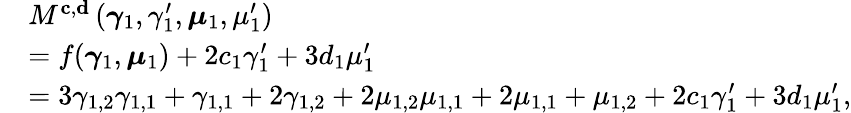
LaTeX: \begin{array}{rl}&{M^{\mathbf{c},\mathbf{d}}\left(\boldsymbol{\gamma}_{1},\gamma_{1}^{\prime},\boldsymbol{\mu}_{1},\mu_{1}^{\prime}\right)}\\ &{=f(\boldsymbol{\gamma}_{1},\boldsymbol{\mu}_{1})+2c_{1}\gamma_{1}^{\prime}+3d_{1}\mu_{1}^{\prime}}\\ &{=3\gamma_{1,2}\gamma_{1,1}+\gamma_{1,1}+2\gamma_{1,2}+2\mu_{1,2}\mu_{1,1}+2\mu_{1,1}+\mu_{1,2}+2c_{1}\gamma_{1}^{\prime}+3d_{1}\mu_{1}^{\prime},}\end{array}